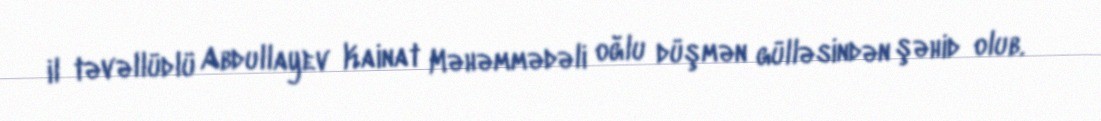
il təvəllüdlü Abdullayev Kainat Məhəmmədəli oğlu düşmən gülləsindən şəhid olub.